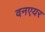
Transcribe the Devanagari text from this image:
वनएयर